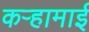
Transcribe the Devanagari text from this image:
कऱ्हामाई